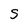
Character: S